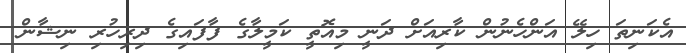
އެކަނިތަ ހިލޭ އަންހެނުން ކާރިއަށް ދަނީ މިއޮތީ ކަމީލާގެ ފާފައިގެ ދިރިހުރި ނިޝާން